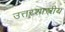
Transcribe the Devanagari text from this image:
उत्तरशास्त्रीय